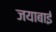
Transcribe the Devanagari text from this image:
जयाबाई